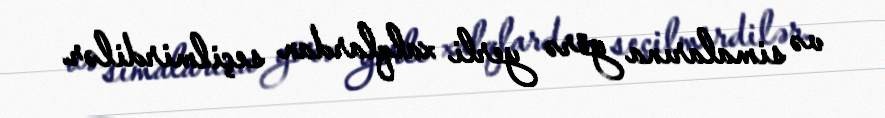
və simalarına görə yerli xalqlardan seçilmirdilər.